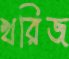
খরিজ